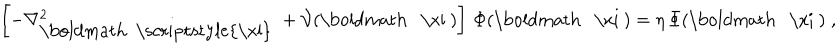
LaTeX: \left[ - \nabla _ { \mathrm { \boldmath ~ \scriptstyle { \ x i } ~ } } ^ { 2 } + { \mathcal V } ( \mathrm { \boldmath ~ \ x i ~ } ) \right] \, \Phi ( \mathrm { \boldmath ~ \ x i ~ } ) = \eta \, \Phi ( \mathrm { \boldmath ~ \ x i ~ } ) \; ,